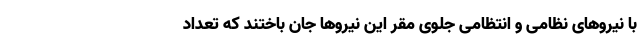
با نیرو‌های نظامی و انتظامی جلوی مقر این نیرو‌ها جان باختند که تعداد